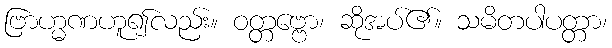
ဗြာဟ္မဏဟူ၍လည်း။ ဝတ္တဗ္ဗော၊ ဆိုအပ်၏။ သမိတပါပတ္တာ၊